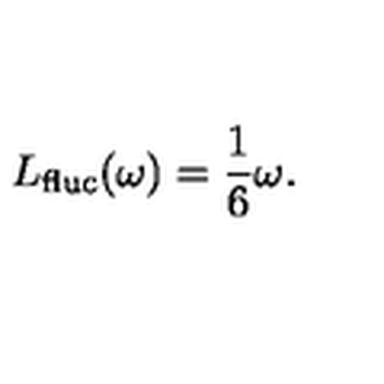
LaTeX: L _ { \mathrm { f l u c } } ( \omega ) = \frac { 1 } { 6 } \omega .